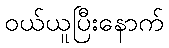
ဝယ်ယူပြီးနောက်